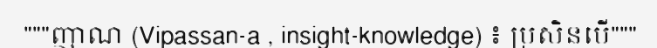
"""ញាណ (Vipassan-a , insight-knowledge) ៖ ប្រសិនបើ"""